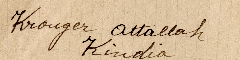
Krouger A
ttallah